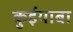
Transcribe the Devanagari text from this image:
कुईयाबा